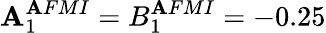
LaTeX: \mathbf{A}_{1}^{\mathbf{A}FMI}=B_{1}^{\mathbf{A}FMI}=-0.25